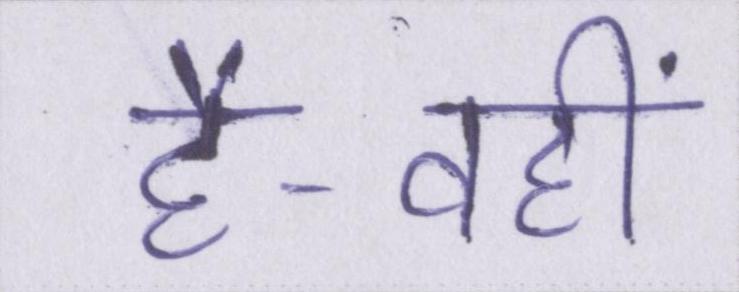
है-वहीं